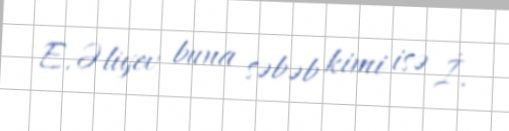
E.Əliyev buna səbəb kimi isə İ.